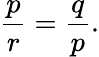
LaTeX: {\frac{p}{r}}={\frac{q}{p}}.